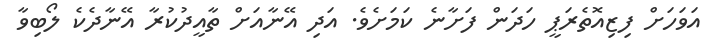
އަވަހަށް ފިޒިއޮތެރަޕީ ހަދަން ފަށާނެ ކަމަށެވެ. އަދި އޭނާއަށް ތާއީދުކުރާ އޭނާދެކެ ލޯބިވާ